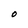
Character: O